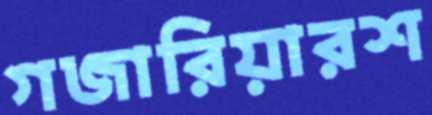
গজারিয়ারশ